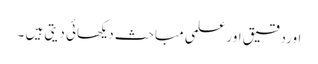
اوردقیق اور علمی مباحث دیکھائی دیتی ہیں ۔